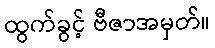
ထွက်ခွင့် ဗီဇာအမှတ်။